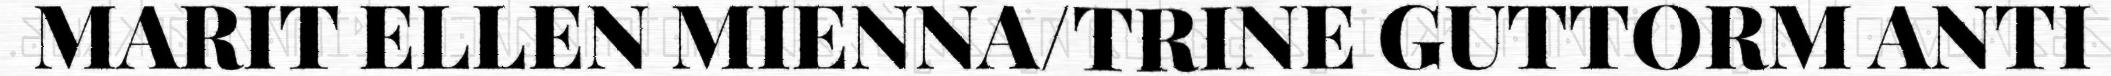
MARIT ELLEN MIENNA/TRINE GUTTORM ANTI